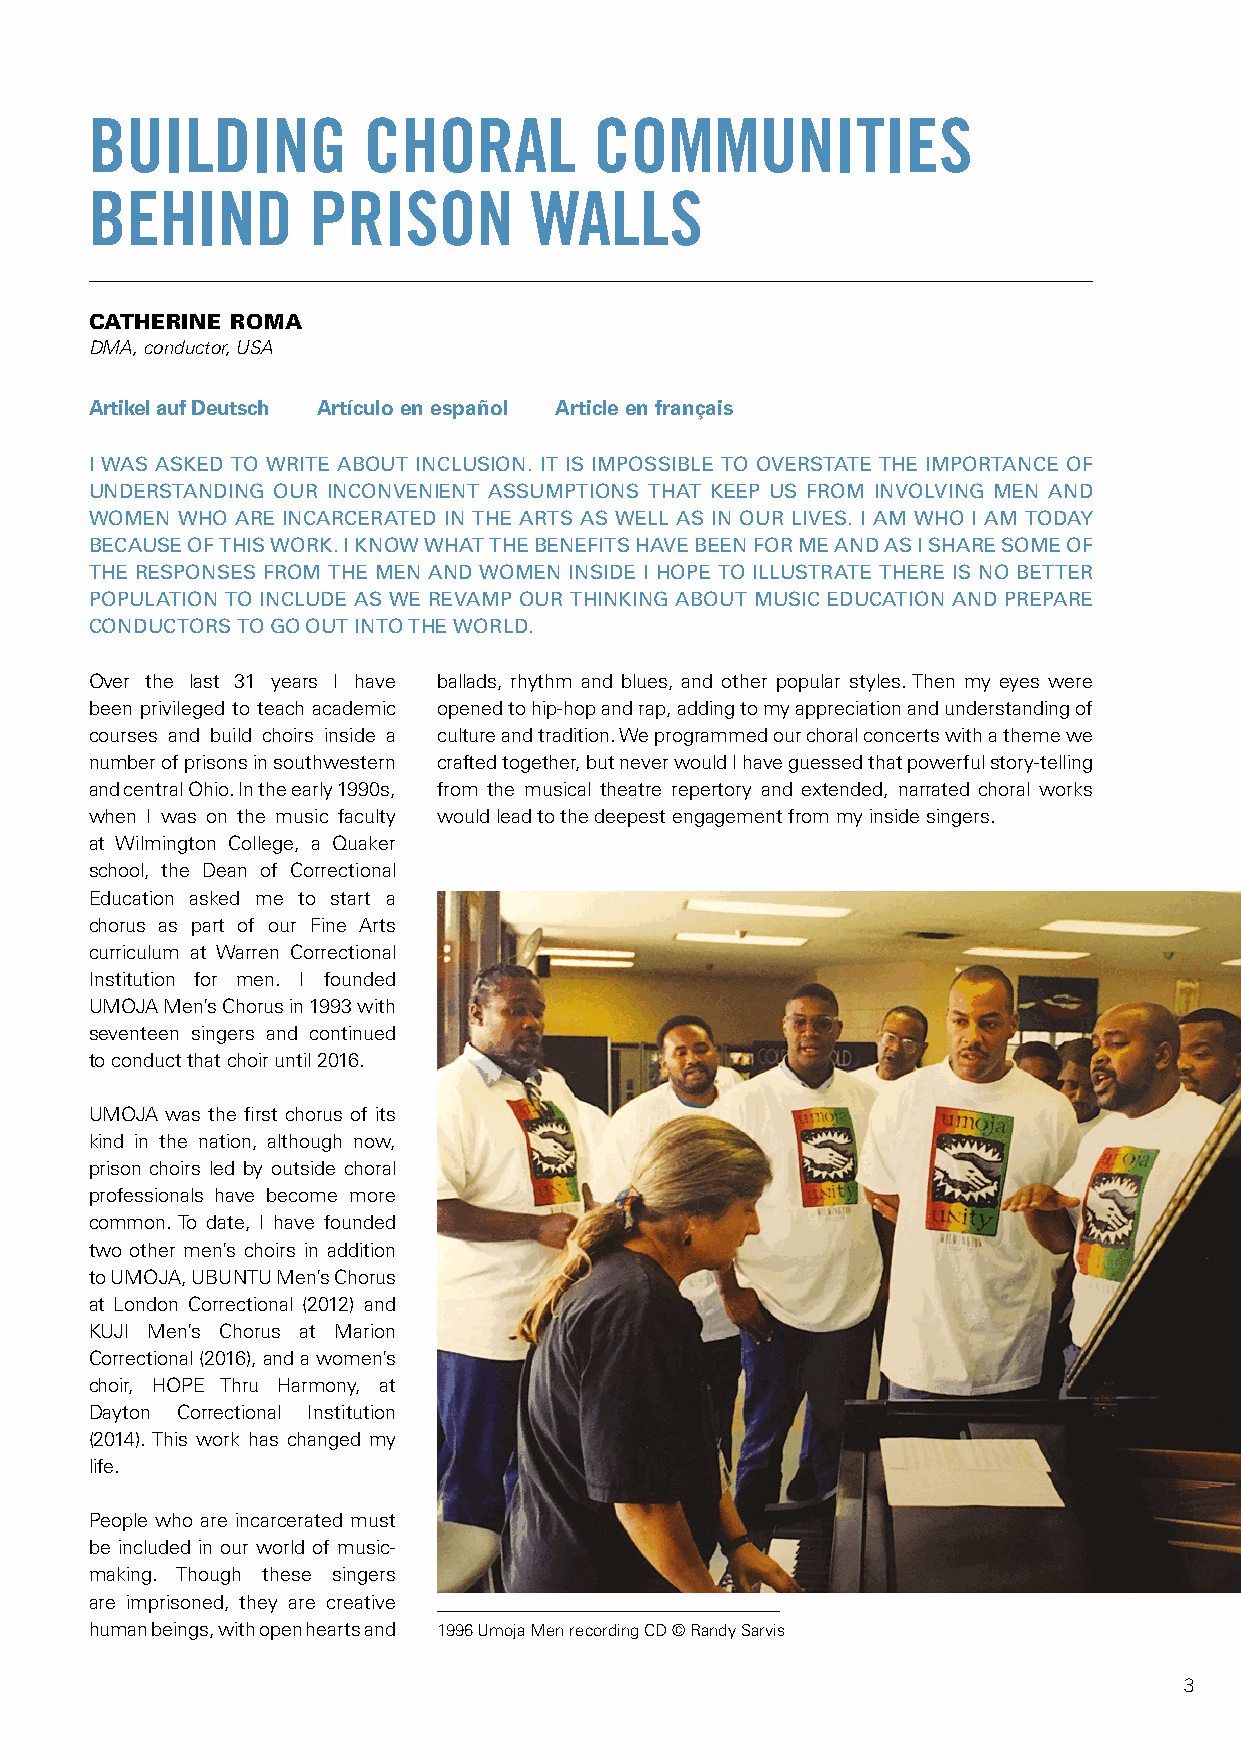
BUILDING          CHORAL         COMMUNITIES
 BEHIND        PRISON         WALLS
 CATHERINE ROMA
 DMA, conductor, USA
 Artikel auf Deutsch Artículo en español Article en français
 I WAS ASKED TO WRITE ABOUT INCLUSION. IT IS IMPOSSIBLE TO OVERSTATE THE IMPORTANCE OF
 UNDERSTANDING OUR INCONVENIENT ASSUMPTIONS THAT KEEP US FROM INVOLVING MEN AND
 WOMEN WHO ARE INCARCERATED IN THE ARTS AS WELL AS IN OUR LIVES. I AM WHO I AM TODAY
 BECAUSE OF THIS WORK. I KNOW WHAT THE BENEFITS HAVE BEEN FOR ME AND AS I SHARE SOME OF
 THE RESPONSES FROM THE MEN AND WOMEN INSIDE I HOPE TO ILLUSTRATE THERE IS NO BETTER
 POPULATION TO INCLUDE AS WE REVAMP OUR THINKING ABOUT MUSIC EDUCATION AND PREPARE
 CONDUCTORS TO GO OUT INTO THE WORLD.
 Over the last 31 years I have ballads, rhythm and blues, and other popular styles. Then my eyes were
 been privileged to teach academic opened to hip-hop and rap, adding to my appreciation and understanding of
 courses and build choirs inside a culture and tradition. We programmed our choral concerts with a theme we
 number of prisons in southwestern crafted together, but never would I have guessed that powerful story-telling
 and central Ohio. In the early 1990s, from the musical theatre repertory and extended, narrated choral works
 when I was on the music faculty would lead to the deepest engagement from my inside singers.
 at Wilmington College, a Quaker
 school, the Dean of Correctional
 Education asked me to start a
 chorus as part of our Fine Arts
 curriculum at Warren Correctional
 Institution for men. I founded
 UMOJA Men’s Chorus in 1993 with
 seventeen singers and continued
 to conduct that choir until 2016.
 UMOJA was the first chorus of its
 kind in the nation, although now,
 prison choirs led by outside choral
 professionals have become more
 common. To date, I have founded
 two other men’s choirs in addition
 to UMOJA, UBUNTU Men’s Chorus
 at London Correctional (2012) and
 KUJI Men’s Chorus at Marion
 Correctional (2016), and a women’s
 choir, HOPE Thru Harmony, at
 Dayton Correctional Institution
 (2014). This work has changed my
 life.
 People who are incarcerated must
 be included in our world of music-
 making. Though these singers
 are imprisoned, they are creative
 human beings, with open hearts and 1996 Umoja Men recording CD © Randy Sarvis
 3